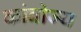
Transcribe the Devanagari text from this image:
कांबोज्य